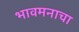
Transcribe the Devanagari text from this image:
भावमनाचा